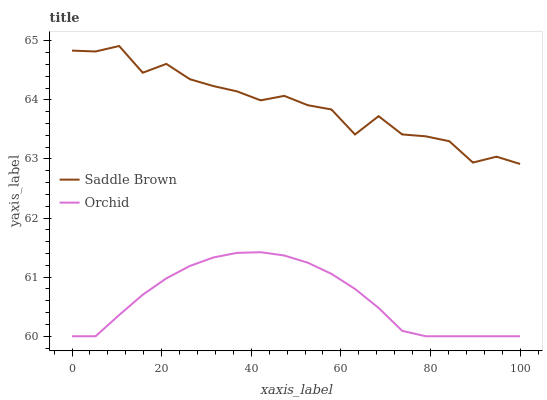
| xaxis_label | Saddle Brown | Orchid |
 | --- | --- | --- |
 | 0 | 64.8 | 60 |
 | 5.26 | 64.8 | 60 |
 | 10.5 | 64.9 | 60.4 |
 | 15.8 | 64.5 | 60.7 |
 | 21.1 | 64.6 | 61 |
 | 26.3 | 64.3 | 61.2 |
 | 31.6 | 64.2 | 61.3 |
 | 36.8 | 64.1 | 61.4 |
 | 42.1 | 64 | 61.4 |
 | 47.4 | 64.1 | 61.4 |
 | 52.6 | 63.9 | 61.2 |
 | 57.9 | 63.8 | 61.1 |
 | 63.2 | 63.4 | 60.8 |
 | 68.4 | 63.7 | 60.5 |
 | 73.7 | 63.4 | 60.1 |
 | 78.9 | 63.4 | 60 |
 | 84.2 | 63.3 | 60 |
 | 89.5 | 62.9 | 60 |
 | 94.7 | 63 | 60 |
 | 100 | 62.9 | 60 |